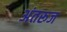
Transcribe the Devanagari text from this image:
अंतरूज